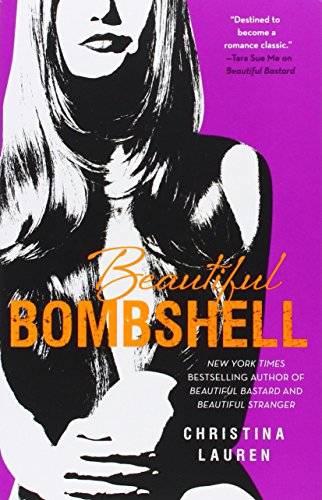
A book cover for Beautiful Bombshell (The Beautiful Series); Christina Lauren; Romance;